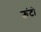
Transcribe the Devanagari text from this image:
ऊंटो